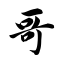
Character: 哥